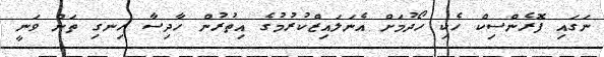
ނަގައި ފޮރެންސިކް ހެކި ހޯދުމަށް އެނަލައިޒްކުރުމުގެ އިތުރުން ހާދިސާ ހިނގި ތަން ވަނީ